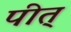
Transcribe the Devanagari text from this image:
पीत्